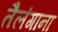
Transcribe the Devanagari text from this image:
तैलंगाना